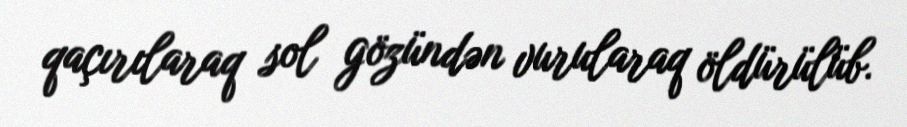
qaçırılaraq sol gözündən vurularaq öldürülüb.